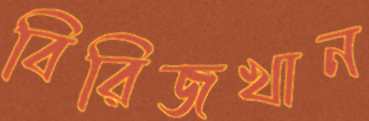
বিরিজখান